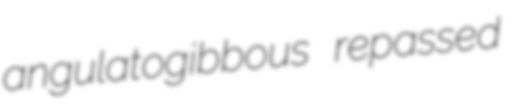
angulatogibbous repassed